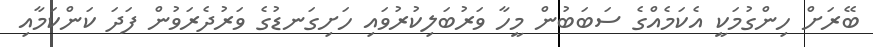
ބޭރަށް ހިންގުމަކީ އެކަމެއްގެ ސަބަބުން މީހާ ވަރުބަލިކުރުވައި ހަށިގަނޑުގެ ވަރުދެރަވުން ފަދަ ކަންކަމާއި